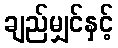
ချည်မျှင်နှင့်